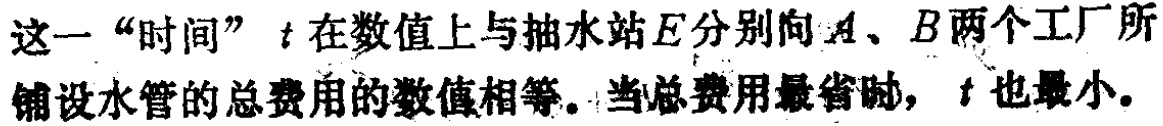
这一“时间”\(t\)在数值上与抽水站\(E\)分别向\(A\)、\(B\)两个工厂所铺设水管的总费用的数值相等。当总费用最省时，\(t\)也最小。